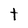
Character: t